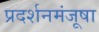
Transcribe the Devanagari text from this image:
प्रदर्शनमंजूषा